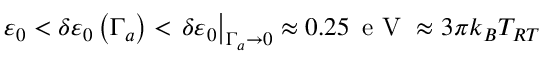
\varepsilon _ { 0 } < \delta \varepsilon _ { 0 } \left( \Gamma _ { a } \right) < \left. \delta \varepsilon _ { 0 } \right\vert _ { \Gamma _ { a } \to 0 } \approx 0 . 2 5 \, \mathrm { ~ e ~ V ~ } \approx 3 \pi k _ { B } T _ { R T }